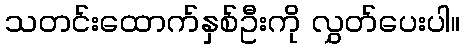
သတင်းထောက်နှစ်ဦးကို လွှတ်ပေးပါ။